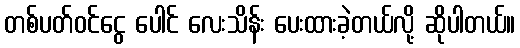
တစ်ပတ်ဝင်ငွေ ပေါင် လေးသိန်း ပေးထားခဲ့တယ်လို့ ဆိုပါတယ်။